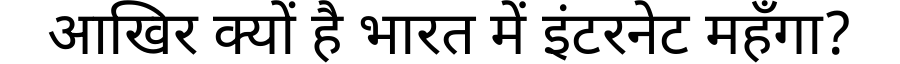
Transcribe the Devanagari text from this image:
आखिर क्यों है भारत में इंटरनेट महँगा?